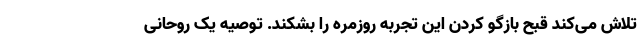
تلاش می‌کند قبح بازگو کردن این تجربه‌ روزمره را بشکند. توصیه یک روحانی